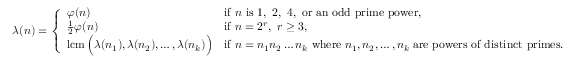
\lambda ( n ) = { \left\{ \begin{array} { l l } { \varphi ( n ) } & { { \mathrm { i f ~ } } n { \mathrm { ~ i s ~ 1 , ~ 2 , ~ 4 , ~ o r ~ a n ~ o d d ~ p r i m e ~ p o w e r , } } } \\ { { \frac { 1 } { 2 } } \varphi ( n ) } & { { \mathrm { i f ~ } } n = 2 ^ { r } , \ r \geq 3 , } \\ { \operatorname { l c m } { \Bigl ( } \lambda ( n _ { 1 } ) , \lambda ( n _ { 2 } ) , \ldots , \lambda ( n _ { k } ) { \Bigr ) } } & { { \mathrm { i f ~ } } n = n _ { 1 } n _ { 2 } \ldots n _ { k } { \mathrm { ~ w h e r e ~ } } n _ { 1 } , n _ { 2 } , \ldots , n _ { k } { \mathrm { ~ a r e ~ p o w e r s ~ o f ~ d i s t i n c t ~ p r i m e s . } } } \end{array} \right. }